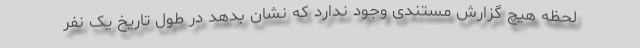
لحظه هیچ گزارش مستندی وجود ندارد که نشان بدهد در طول تاریخ یک نفر